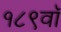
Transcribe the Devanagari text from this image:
१८९वॉ